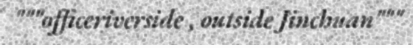
"""officeriverside , outside Jinchuan"""